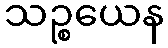
သဉ္စယေန